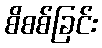
စိစစ်ခြင်း